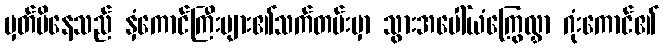
မှတ်မိနေသည် နှံကောင်ကြီးများ၏သက်တမ်းမှာ သွားအပေါ်ယံကြွေလွှာ ဂုံးကောင်၏